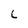
Character: C